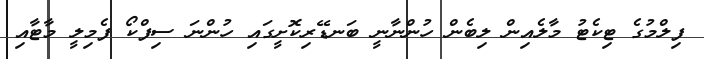
ފިލްމުގެ ޓިކެޓު މާލެއިން ލިބެން ހުންނާނީ ބަނޑޭރިކޮށީގައި ހުންނަ ސިފްކޯ ފެމިލީ މާޓާއި